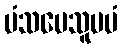
မံသပေသူပမံ